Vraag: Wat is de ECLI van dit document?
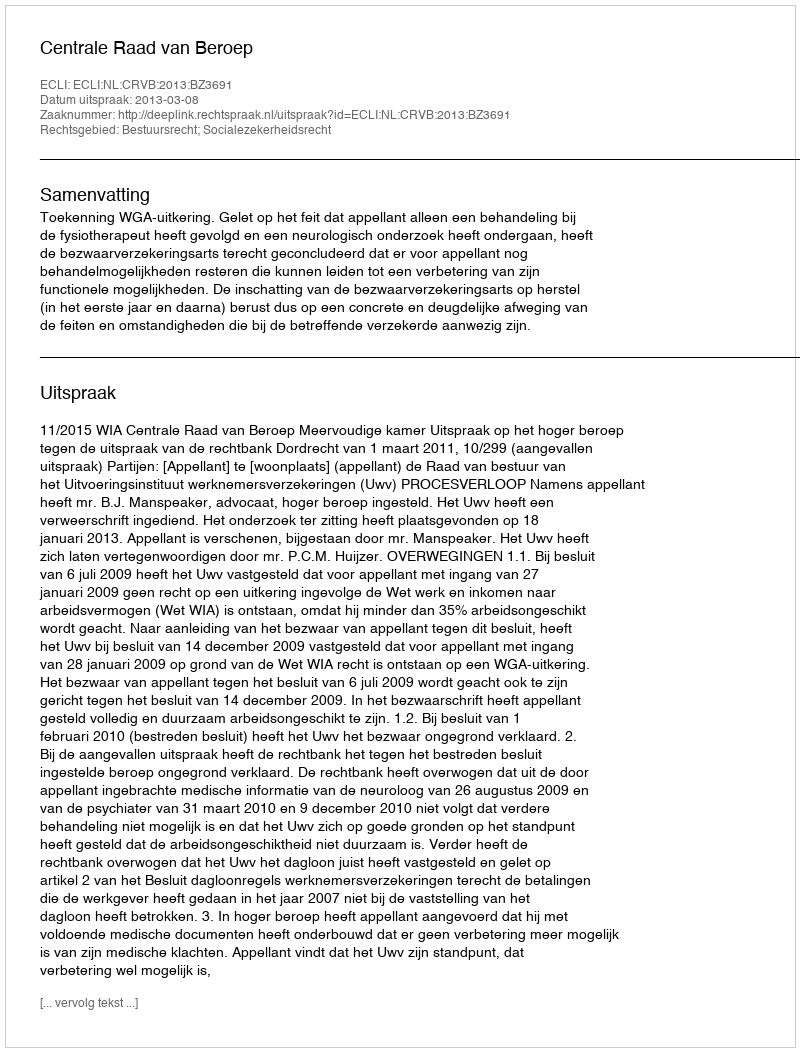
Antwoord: ECLI:NL:CRVB:2013:BZ3691